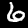
Digit: 6